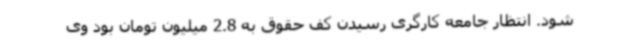
شود. انتظار جامعه کارگری رسیدن کف حقوق به 2.8 میلیون تومان بود وی